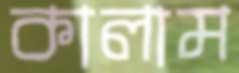
কালাম